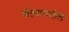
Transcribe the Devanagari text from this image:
खेड्यामधील